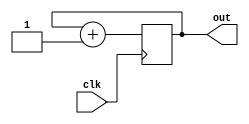
module S3L3(clk,out);
    input clk;
    output reg [7:0] out;

always @(posedge clk)
	out <= out + 1;
endmodule